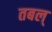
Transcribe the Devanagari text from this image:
तबल्